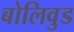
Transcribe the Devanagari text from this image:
बोलिवुड